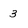
Character: 3